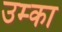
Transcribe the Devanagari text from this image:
उम्का